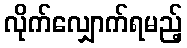
လိုက်လျှောက်ရမည့်